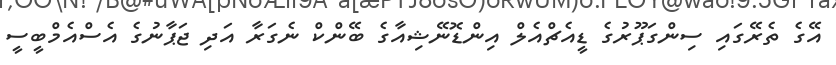
އޭގެ ތެރޭގައި ސިންގަޕޫރުގެ ޑީއެޗްއެލް އިންޑޮނޭޝިއާގެ ބޭންކް ނެގަރާ އަދި ޖަޕާނުގެ އެސްއެމްބީސީ